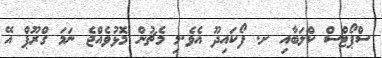
ސްޕޯޓްސް ކްލަބާއި ށ. ފޯކައިދޫ އެވެ.މި މެޗުން މޮޅުވެއްޖެ ނަމަ ގްރޫޕް އޭ